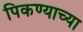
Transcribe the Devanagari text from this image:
पिकण्याच्या